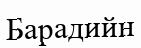
Барадийн